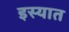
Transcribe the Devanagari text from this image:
इस्यात